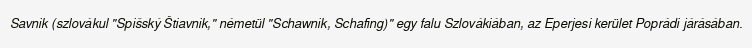
Savnik (szlovákul "Spišský Štiavnik," németül "Schawnik, Schafing)" egy falu Szlovákiában, az Eperjesi kerület Poprádi járásában.